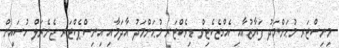
މިނިސްޓަރ މުޙަންމަދު ފަޔާޒުއާއި އެގްޒެކެޓިވް ޑިރެކްޓަރ މުޙަންމަދު އާދަމާއި އިނިސްޕެކްޓަރ ޖެނެރަލް ހުސައިން